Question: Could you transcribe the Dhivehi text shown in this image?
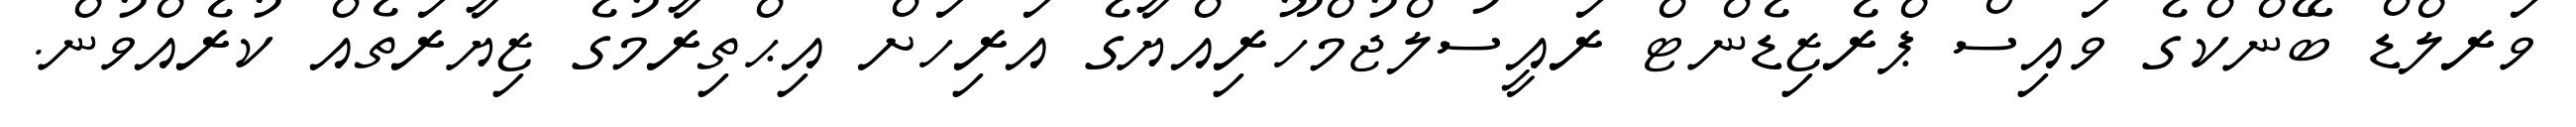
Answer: ވަރލްޑް ބޭންކްގެ ވައިސް ޕްރެޒިޑެންޓް ރައީސުލްޖުމްހޫރިއްޔާގެ އަރިހަށް އިޙްތިރާމުގެ ޒިޔާރަތެއް ކުރެއްވުން.